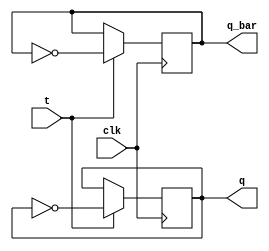
module t_ff (
    input clk,
    input t,
    output reg q,
    output reg q_bar
);

always @(posedge clk) begin
    if (t) begin
        q <= ~q;
        q_bar <= ~q_bar;
    end
end

endmodule